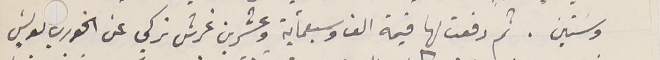
وسَتين. ثم دفعت لها قيمة الف وسبعمأية وعشرين غرش تركي عن الخوري بولسَ